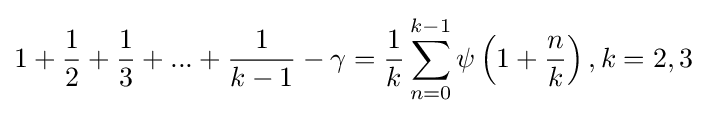
1+{\frac {1}{2}}+{\frac {1}{3}}+...+{\frac {1}{k-1}}-\gamma ={\frac {1}{k}}\sum _{n=0}^{k-1}\psi \left(1+{\frac {n}{k}}\right),k=2,3